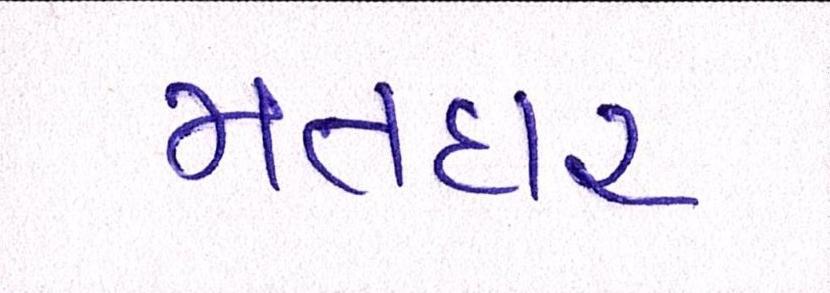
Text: મતદાર